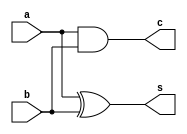
// Nome: Andre Sulivam 391998
// Guia 07


module halfadder(s, c, a, b);
	input  a, b;
		output s, c;
	
	xor XOR1 (s, a, b);
	and AND1 (c, a, b);
	
endmodule // end module halfladder


module halfsub (s, bout, a, b);
	input  a, b;
	output s, bout;
	
	wire s0, na;
	
	xor XOR1 (   s, a, b);
	not NOT1 (  na, a);
	and AND1 (bout,na, b);
	
endmodule // end module halfsub


module ex01(s, a, op);
	output[3:0] s;
	input [3:0] a;
	input 		op;
	
	xor XOR1(s[0],a[0],op);
	xor XOR2(s[1],a[1],op);
	xor XOR3(s[2],a[2],op);
	xor XOR4(s[3],a[3],op);
	
endmodule // end module ex01


module ex02(s, a, op);
	output[4:0] s;
	input [3:0] a;
	input 		op;
	wire  [3:0]	s0;
	wire		c1,c2,c3;
	
	ex01 EX1 (s0, a, op);
	
	halfadder ADDER1 (s[0],c1,op,s0[0]);
	halfadder ADDER2 (s[1],c2,c1,s0[1]);
	halfadder ADDER3 (s[2],c3,c2,s0[2]);
	halfadder ADDER4 (s[3],s[4],c3,s0[3]);

endmodule // end module ex02


module ex03(s, a, op);
	output[4:0] s;
	input [3:0] a;
	input 		op;
	wire  [3:0]	s0;
	wire		b1,b2,b3;
	
	ex01 EX1 (s0, a, op);
	
	halfsub SUB1 (s[0],b1,op,s0[0]);
	halfsub SUB2 (s[1],b2,b1,s0[1]);
	halfsub SUB3 (s[2],b3,b2,s0[2]);
	halfsub SUB4 (s[3],s[4],b3,s0[3]);

endmodule // end module ex03

module testes;
	reg [3:0] a1,a2,a3; 
	wire[3:0] s1;
	wire[4:0] s2,s3;
	reg		 op;
	
	ex01 EX1 (s1,a1,op);
	ex02 EX2 (s2,a2,op);
	ex03 EX3 (s3,a3,op);
	
	initial begin
$display("Andre Sulivam 391998");
$display("Guia 07\n");
		#1 a1 = 4'b0010; a2 = 4'b0010; a3 = 4'b0010; op = 0;
		$monitor("OPERADOR = %b\n Ex01: a = %4b, s = %4b\n Ex02: a = %4b, s = %5b \n Ex03: a = %4b, s = %5b\n",op,a1,s1,a2,s2,a3,s3);
		#1 a1 = 4'b0010; a2 = 4'b0010; a3 = 4'b0010; op = 1;
		#1 a1 = 4'b1010; a2 = 4'b1010; a3 = 4'b1010; op = 0;
		#1 a1 = 4'b1010; a2 = 4'b1010; a3 = 4'b1010; op = 1;
		#1 a1 = 4'b1110; a2 = 4'b1110; a3 = 4'b1110; op = 0;
		#1 a1 = 4'b1110; a2 = 4'b1110; a3 = 4'b1110; op = 1;
		#1 a1 = 4'b0111; a2 = 4'b0111; a3 = 4'b0111; op = 0;
		#1 a1 = 4'b0111; a2 = 4'b0111; a3 = 4'b0111; op = 1;
	end
endmodule // end module testes

/* 
 Andre Sulivam 391998
    Guia 07
    
    OPERADOR = 0
     Ex01: a = 0010, s = 0010
     Ex02: a = 0010, s = 00010 
     Ex03: a = 0010, s = 00110
    
    OPERADOR = 1
     Ex01: a = 0010, s = 1101
     Ex02: a = 0010, s = 01110 
     Ex03: a = 0010, s = 00100
    
    OPERADOR = 0
     Ex01: a = 1010, s = 1010
     Ex02: a = 1010, s = 01010 
     Ex03: a = 1010, s = 11110
    
    OPERADOR = 1
     Ex01: a = 1010, s = 0101
     Ex02: a = 1010, s = 00110 
     Ex03: a = 1010, s = 01100
    
    OPERADOR = 0
     Ex01: a = 1110, s = 1110
     Ex02: a = 1110, s = 01110 
     Ex03: a = 1110, s = 11010
    
    OPERADOR = 1
     Ex01: a = 1110, s = 0001
     Ex02: a = 1110, s = 00010 
     Ex03: a = 1110, s = 00000
    
    OPERADOR = 0
     Ex01: a = 0111, s = 0111
     Ex02: a = 0111, s = 00111 
     Ex03: a = 0111, s = 01101
    
    OPERADOR = 1
     Ex01: a = 0111, s = 1000
     Ex02: a = 0111, s = 01001 
     Ex03: a = 0111, s = 11001

*/